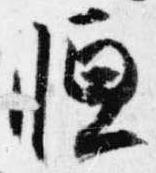
恒